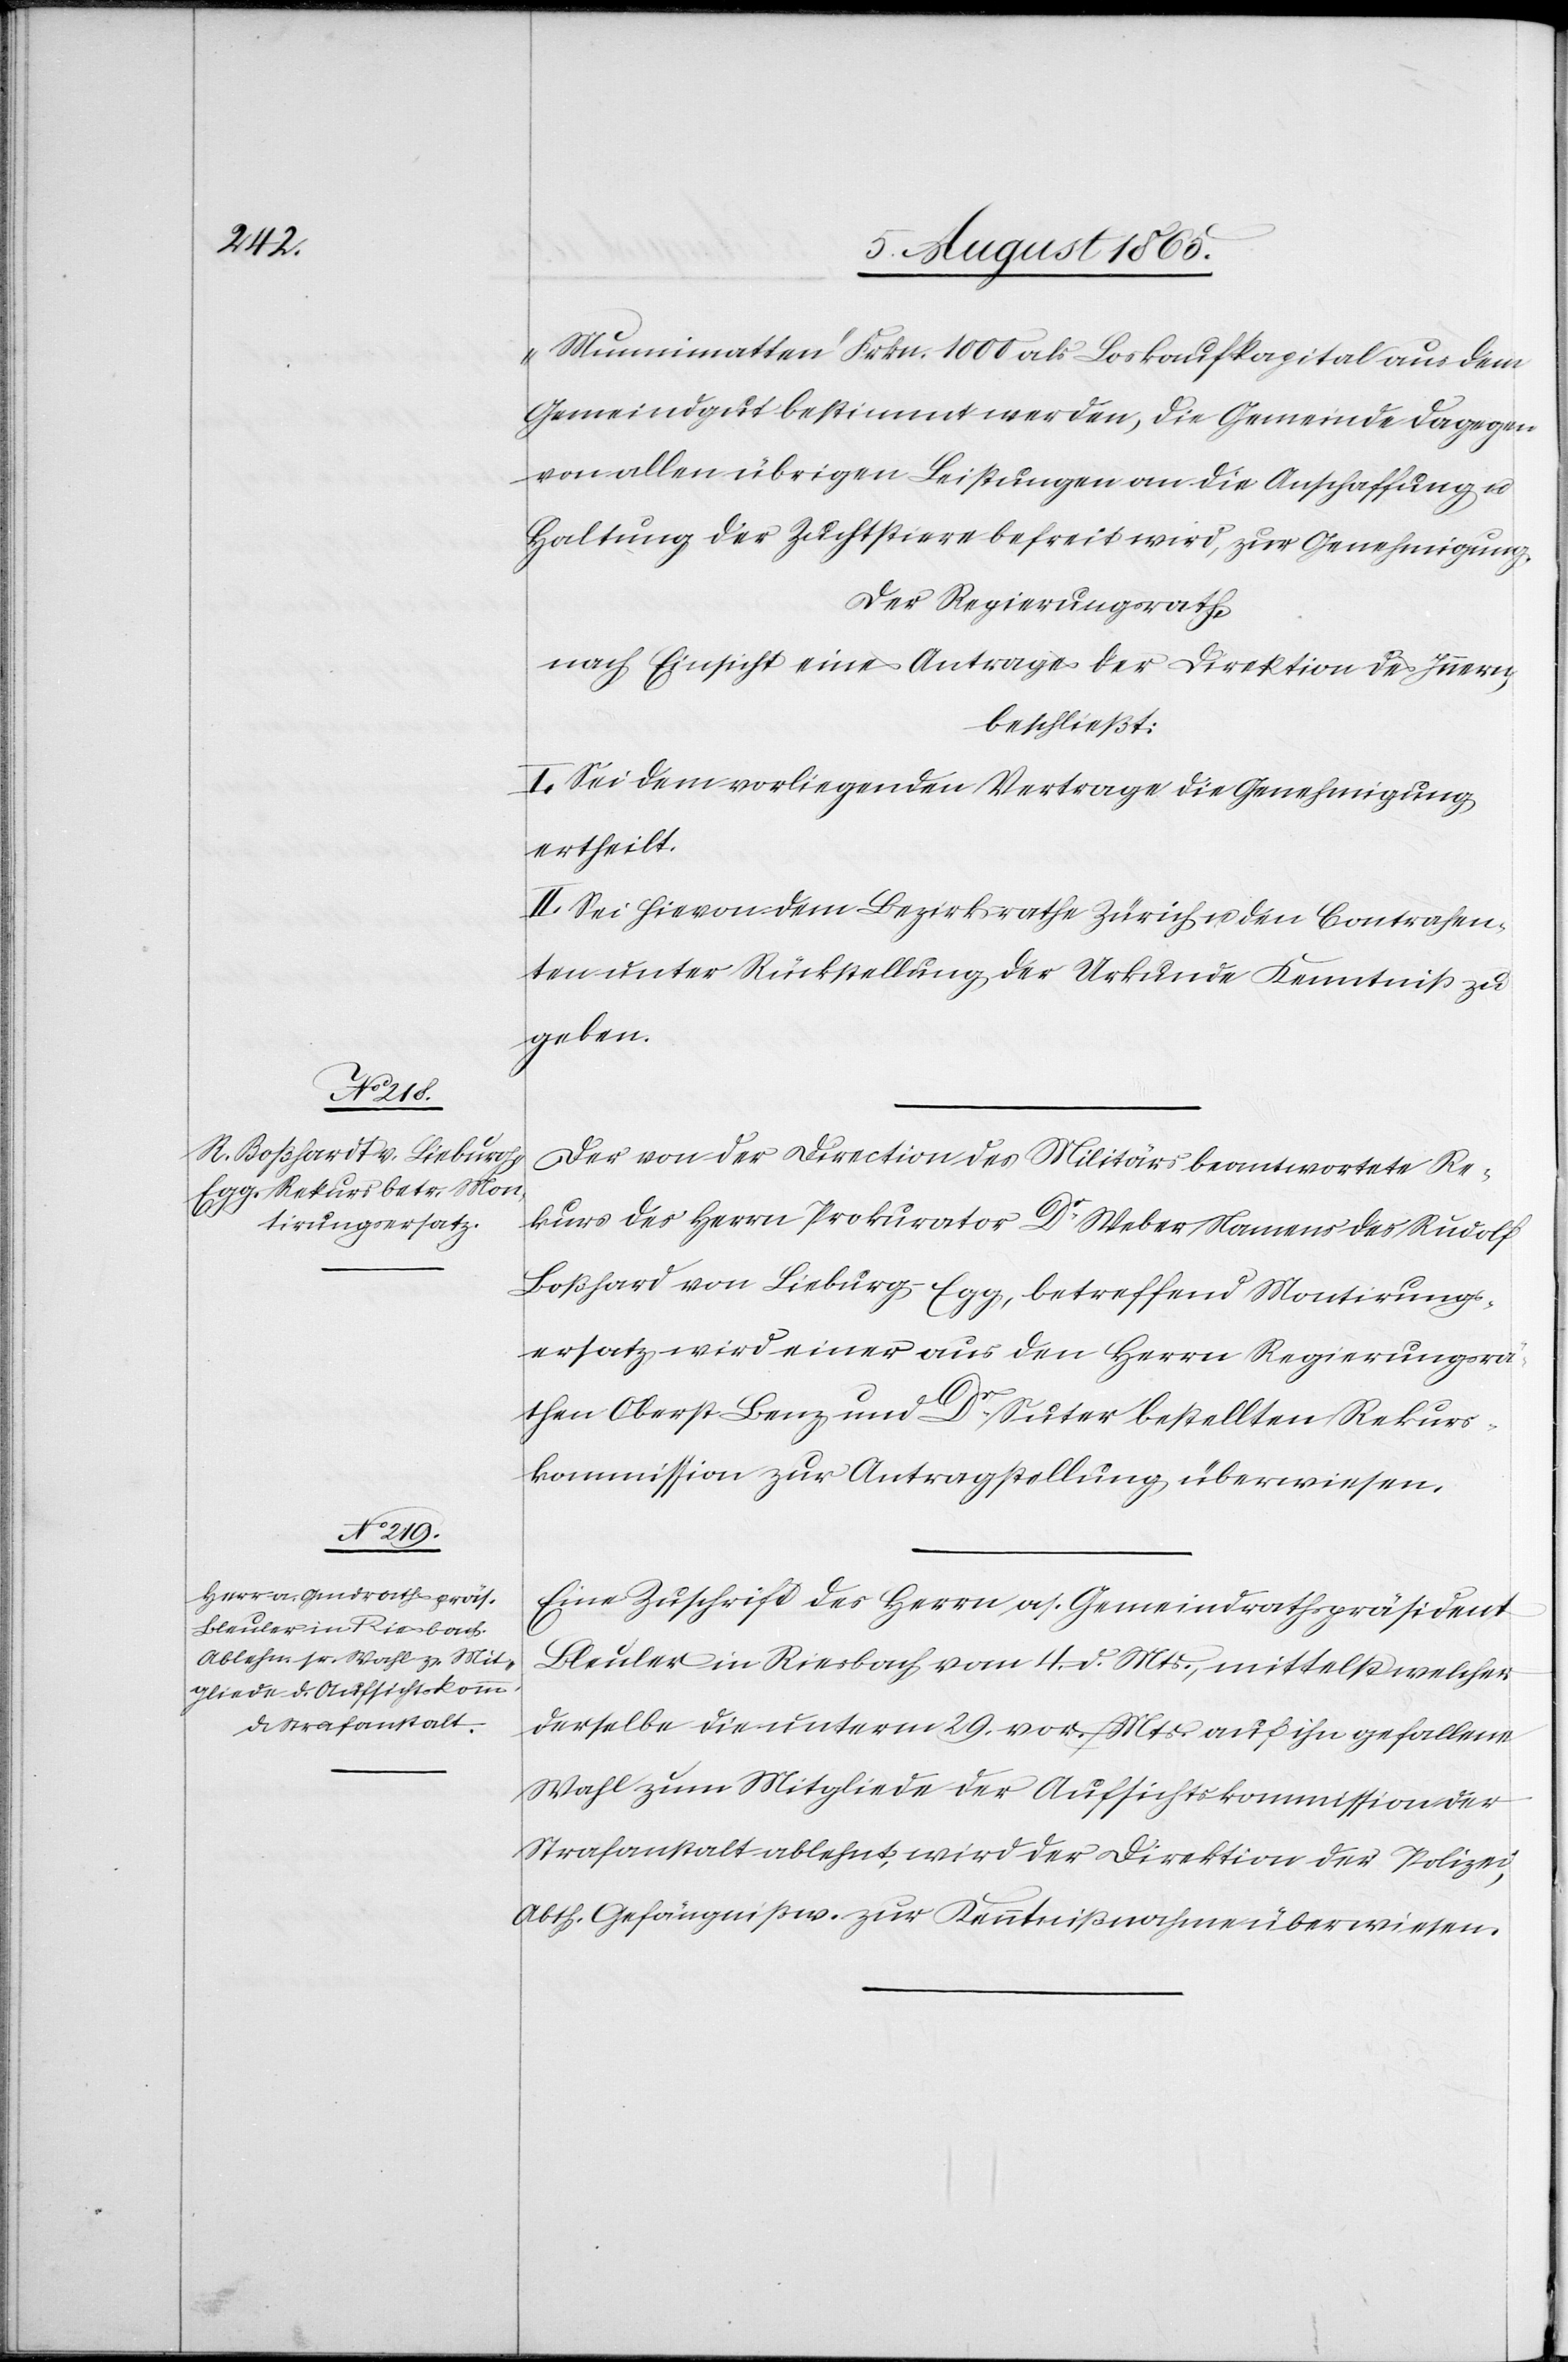
„Munnimatten“ Frkn. 1000 als Loskaufkapital aus dem
Gemeindgut bestimmt werden, die Gemeinde dagegen
von allen übrigen Leistungen an die Anschaffung u.
Haltung der Zuchtstiere befreit wird, zur Genehmigung.
Der Regierungsrath,
nach Einsicht eines Antrages der Direktion des Innern,
beschließt:
I. Sei dem vorliegenden Vertrage die Genehmigung
ertheilt.
II. Sei hievon dem Bezirksrathe Zürich u. den Contrahen¬
ten unter Rückstellung der Urkunde Kenntniß zu
geben.
Der von der Direction des Militärs beantwortete Re¬
kurs des Herrn Prokurator Dr Weber Namens des Rudolf
Boßhard [sic!] von Lieburg-Egg, betreffend Montirungs¬
ersatz wird einer aus den Herrn Regierungsrä¬
then Oberst Benz und Dr Suter bestellten Rekurs¬
kommission zur Antragstellung überwiesen.
Eine Zuschrift des Herrn as. Gemeindrathspräsident
Bleuler in Riesbach vom 4. d. Mts., mittelst welcher
derselbe die unterm 29. vor. Mts. auf ihn gefallene
Wahl zum Mitgliede der Aufsichtskommission der
Strafanstalt ablehnt, wird der Direktion der Polizei,
Abth. Gefängnißw. zur Kenntnißnahme überwiesen.